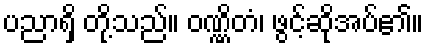
ပညာရှိ တို့သည်။ ဝဏ္ဏိတံ၊ ဖွင့်ဆိုအပ်၏။